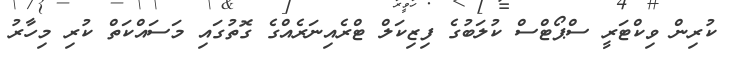
ކުރިން ވިކްޓަރީ ސްޕޯޓްސް ކުލަބުގެ ފިޒިކަލް ޓްރެއިނަރެއްގެ ގޮތުގައި މަސައްކަތް ކުރި މިހާރު